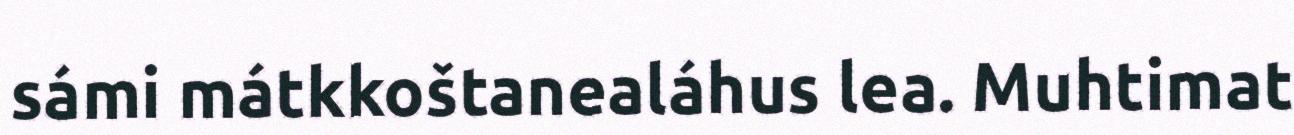
sámi mátkkoštanealáhus lea. Muhtimat